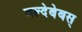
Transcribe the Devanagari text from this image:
वल्देबेबस्